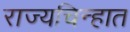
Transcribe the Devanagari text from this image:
राज्यचिन्हात